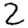
Digit: 2